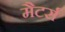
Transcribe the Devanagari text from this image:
मैटर्स